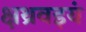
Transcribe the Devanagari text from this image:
क्षथ्रवइयं